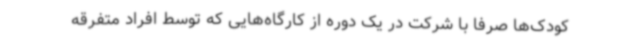
کودک‌ها صرفا با شرکت در یک دوره از کارگاه‌هایی که توسط افراد متفرقه